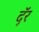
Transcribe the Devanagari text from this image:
दॅ़र